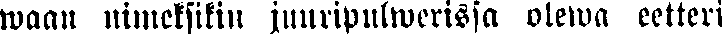
waan nimeksiksin juuripulwerissa olewa eetteri